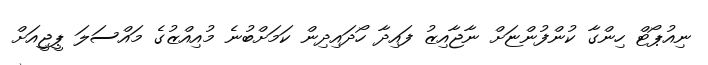
ނިއުޕޯޓް ހިންގާ ކުންފުންޏަށް ނާޖާއިޒު ފައިދާ ހޯދައިދިން ކަމަށްބުނެ މުއިއްޒުގެ މައްސަލަ ޕީޖީއަށް